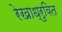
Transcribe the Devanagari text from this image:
रेखाध्रुवित